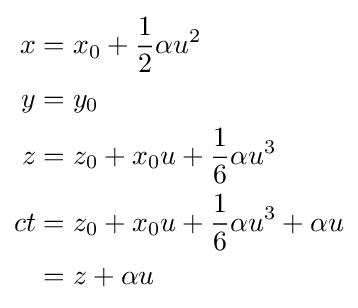
\scriptstyle {\begin{aligned}x&=x_{0}+{\frac {1}{2}}\alpha u^{2}\\y&=y_{0}\\z&=z_{0}+x_{0}u+{\frac {1}{6}}\alpha u^{3}\\ct&=z_{0}+x_{0}u+{\frac {1}{6}}\alpha u^{3}+\alpha u\\&=z+\alpha u\end{aligned}}